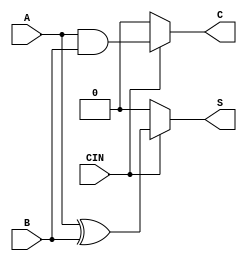
module Conditional_Half_Adder (
    input wire A,     // First single-bit input
    input wire B,     // Second single-bit input
    input wire CIN,   // Control signal
    output wire S,    // Sum output
    output wire C     // Carry output
);

    // Conditional behavior based on CIN
    assign S = (CIN) ? (A ^ B) : 1'b0; // Sum output
    assign C = (CIN) ? (A & B) : 1'b0; // Carry output

endmodule